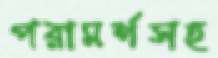
পরামর্শসহ